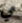
مي